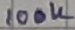
Text: 100K